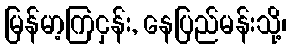
မြန်မာ့ကြငှန်း, နေပြည်မန်းသို့၊